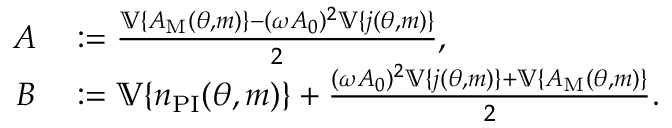
\begin{array} { r l } { A } & { { } : = \frac { \mathbb { V } \{ A _ { \mathrm { M } } ( \theta , m ) \} - ( \omega A _ { 0 } ) ^ { 2 } \mathbb { V } \{ j ( \theta , m ) \} } { 2 } , } \\ { B } & { { } : = \mathbb { V } \{ n _ { \mathrm { P I } } ( \theta , m ) \} + \frac { ( \omega A _ { 0 } ) ^ { 2 } \mathbb { V } \{ j ( \theta , m ) \} + \mathbb { V } \{ A _ { \mathrm { M } } ( \theta , m ) \} } { 2 } . } \end{array}